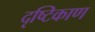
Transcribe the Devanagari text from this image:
दृष्टिकाण